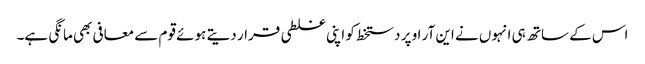
اس کے ساتھ ہی انہوں نے این آر او پر دستخط کو اپنی غلطی قرار دیتے ہوئے قوم سے معافی بھی مانگی ہے۔